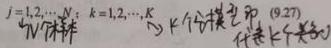
$j = 1,2,\cdots ,N;\ k = 1,2,\cdots ,K \atop N个样本}\ K个分类器 \atop {于是有K个类别}$  (9.27)